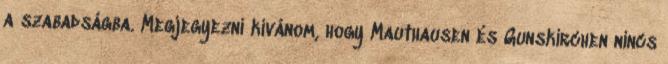
a szabadságba. Megjegyezni kívánom, hogy Mauthausen és Gunskirchen nincs